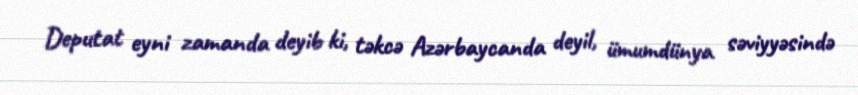
Deputat eyni zamanda deyib ki, təkcə Azərbaycanda deyil, ümumdünya səviyyəsində